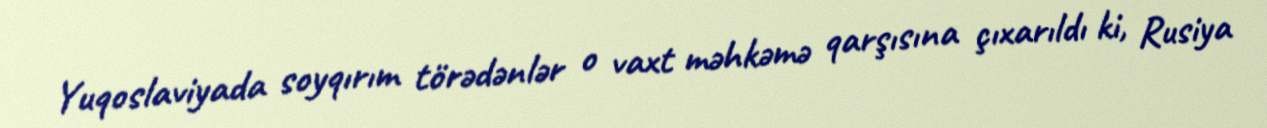
Yuqoslaviyada soyqırım törədənlər o vaxt məhkəmə qarşısına çıxarıldı ki, Rusiya